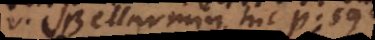
vide Bellarminum hic p. 598.